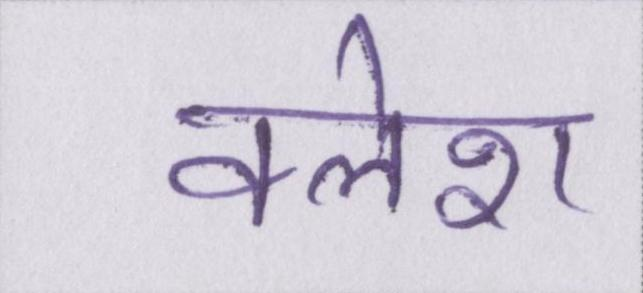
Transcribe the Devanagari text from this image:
क्लेश